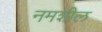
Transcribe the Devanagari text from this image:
नमशील